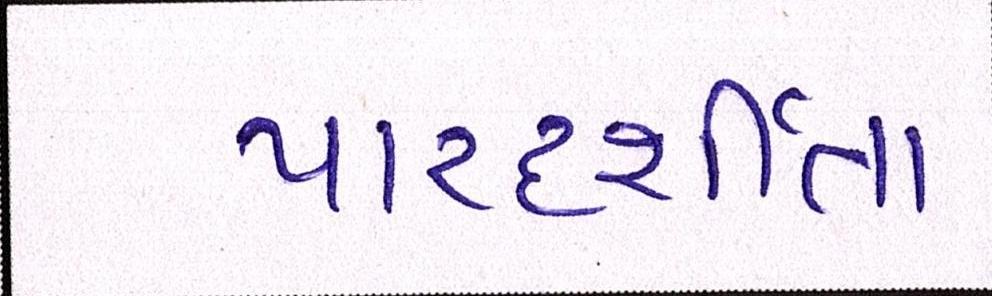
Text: પારદર્શીતા